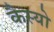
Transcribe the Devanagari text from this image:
कैस्‍यो